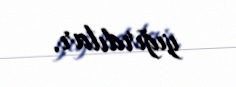
yığırdılar.